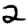
Digit: 2